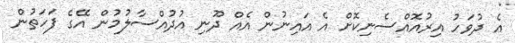
އެ ދުވަހު އިރުއޮއްސެނިކޮށް އެ އައިނުން އެއް ދޫނި އުދުއްސާލުމުން އޭގެ ފަހަތުން